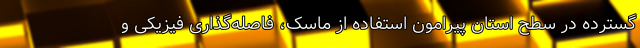
گسترده در سطح استان پیرامون استفاده از ماسک، فاصله‌گذاری فیزیکی و